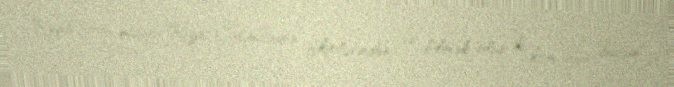
Rəqib baş məşqçi Rıza Çalımbayın fikirlərindən də bilmək olur ki, komanda bütün